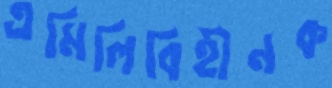
এমিলিবিহীনক